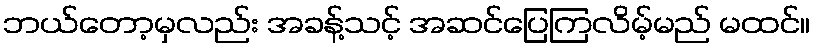
ဘယ်တော့မှလည်း အခန့်သင့် အဆင်ပြေကြလိမ့်မည် မထင်။